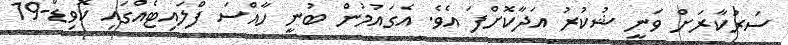
ސަރުކާރަށް ވަނީ ޝުކުރު އަދާކޮށްފަ އެވެ. އެގައުމުން ބުނީ ހާއްސަ ފްލައިޓެއްގައި ކޮވިޑް-19